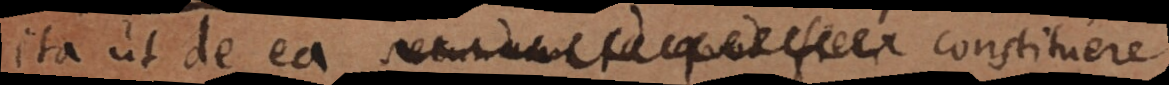
ita ut de ea constituere